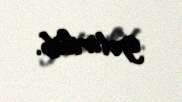
gətirilib.